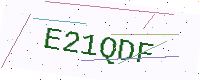
Text: E21QDF